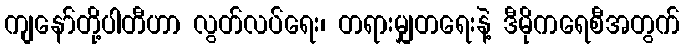
ကျနော်တို့ပါတီဟာ လွတ်လပ်ရေး၊ တရားမျှတရေးနဲ့ ဒီမိုကရေစီအတွက်